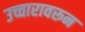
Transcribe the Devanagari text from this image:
उच्चारावरून